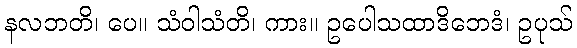
နလဘတိ၊ ပေ။ သံဝါသံတိ၊ ကား။ ဥပေါသထာဒိဘေဒံ၊ ဥပုသ်